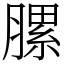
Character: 䐯